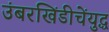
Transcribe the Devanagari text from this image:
उंबरखिंडीचेंयुद्ध